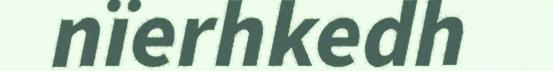
nïerhkedh